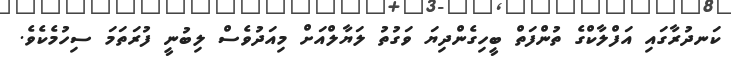
ކަނދުރާގައި އަފްލާކްގެ ތުންފަތް ބީހިގެންދިޔަ ވަގުތު ލަޔާލްއަށް މިއަދުވެސް ލިބުނީ ފުރަތަމަ ސިހުމެކެވެ.